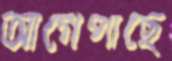
আগেপাছে